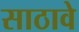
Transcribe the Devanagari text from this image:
साठावे